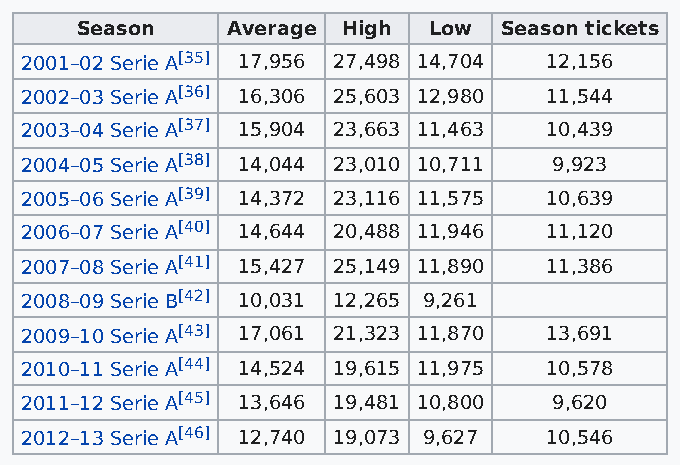
Season    Average High Low  Season tickets
 2001–02 Serie A[35] 17,956 27,498 14,704 12,156
 2002–03 Serie A[36] 16,306 25,603 12,980 11,544
 2003–04 Serie A[37] 15,904 23,663 11,463 10,439
 2004–05 Serie A[38] 14,044 23,010 10,711 9,923
 2005–06 Serie A[39] 14,372 23,116 11,575 10,639
 2006–07 Serie A[40] 14,644 20,488 11,946 11,120
 2007–08 Serie A[41] 15,427 25,149 11,890 11,386
 2008–09 Serie B[42] 10,031 12,265 9,261
 2009–10 Serie A[43] 17,061 21,323 11,870 13,691
 2010–11 Serie A[44] 14,524 19,615 11,975 10,578
 2011–12 Serie A[45] 13,646 19,481 10,800 9,620
 2012–13 Serie A[46] 12,740 19,073 9,627 10,546